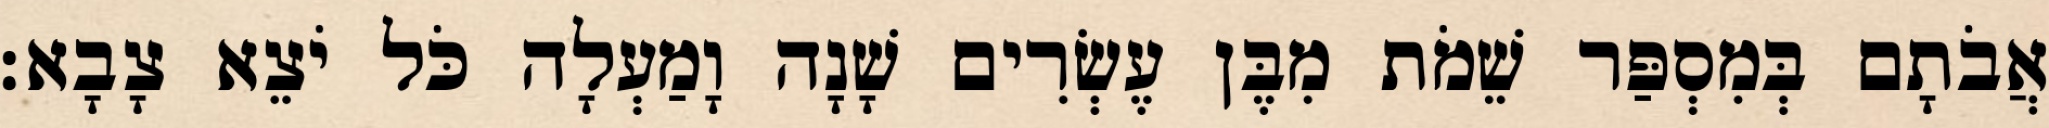
אֲבֹתָם בְּמִסְפַּר שֵׁמֹת מִבֶּן עֶשְׂרִים שָׁנָה וָמַעְלָה כֹּל יֹצֵא צָבָא׃